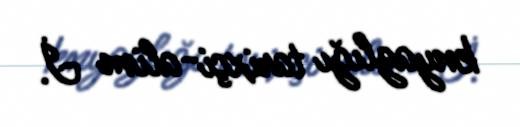
knyazlığı tarixçi-alim İ.